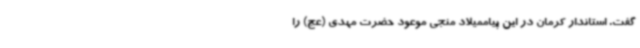
گفت. استاندار کرمان در این پیاممیلاد منجی موعود حضرت مهدی (عج) را